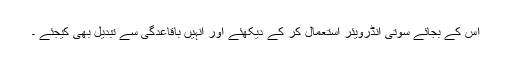
اس کے بجائے سوتی انڈرویئر استعمال کر کے دیکھئے اور انہیں باقاعدگی سے تبدیل بھی کیجئے ۔